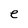
Character: e